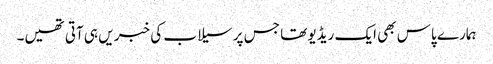
ہمارے پاس بھی ایک ریڈیو تھا جس پر سیلاب کی خبر یں ہی آتی تھیں۔